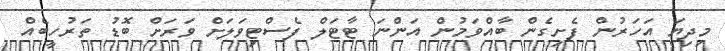
މިދިޔަ އަހަރުން ފެށިގެން ބާއްވަމުން އަންނަ ޓާޓަލް ފެސްޓިވަލަށް ވަރަށް ބޮޑު ތަރުހީބެއް